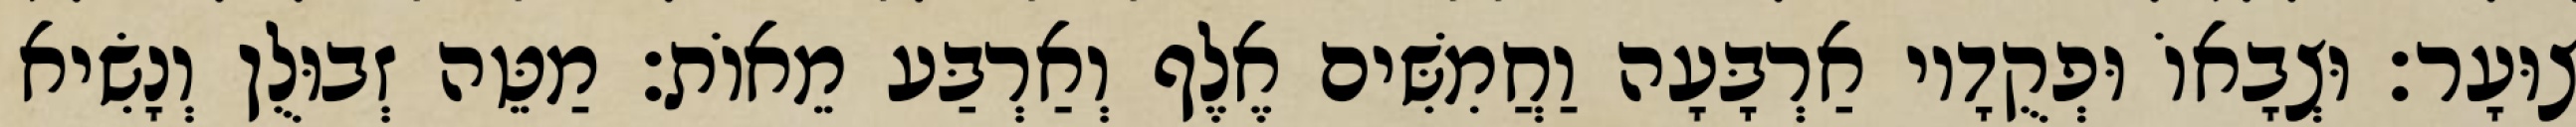
צוּעָר׃ וּצְבָאוֹ וּפְקֻדָיו אַרְבָּעָה וַחֲמִשִּׁים אֶלֶף וְאַרְבַּע מֵאוֹת׃ מַטֵּה זְבוּלֻן וְנָשִׂיא